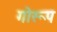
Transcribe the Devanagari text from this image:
गोरूप